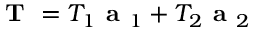
\textbf { T } = T _ { 1 } \textbf { a } _ { 1 } + T _ { 2 } \textbf { a } _ { 2 }